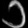
Digit: ၁